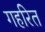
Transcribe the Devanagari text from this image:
गहरित